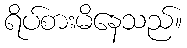
ရိပ်စားမိနေသည်။